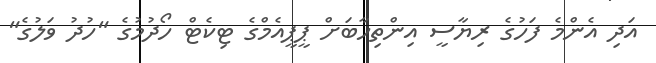
އަދި އެންމެ ފަހުގެ ރިޔާސީ އިންތިހާބަށް ޕީޕީއެމްގެ ޓިކެޓް ހޯދުމުގެ "ހުދު ވަލުގެ"